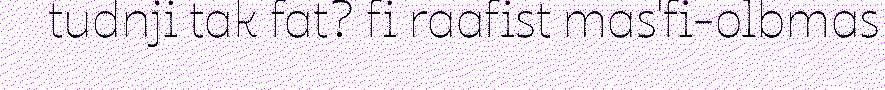
tudnji tak fat? fi raafist mas'fi-olbmas